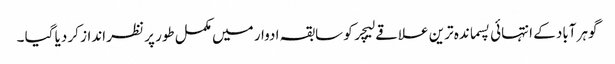
گوہر آباد کے انتہائی پسماندہ ترین علاقے لیچر کو سابقہ ادوار میں مکمل طور پر نظر انداز کر دیا گیا ۔